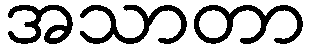
အသာတာ